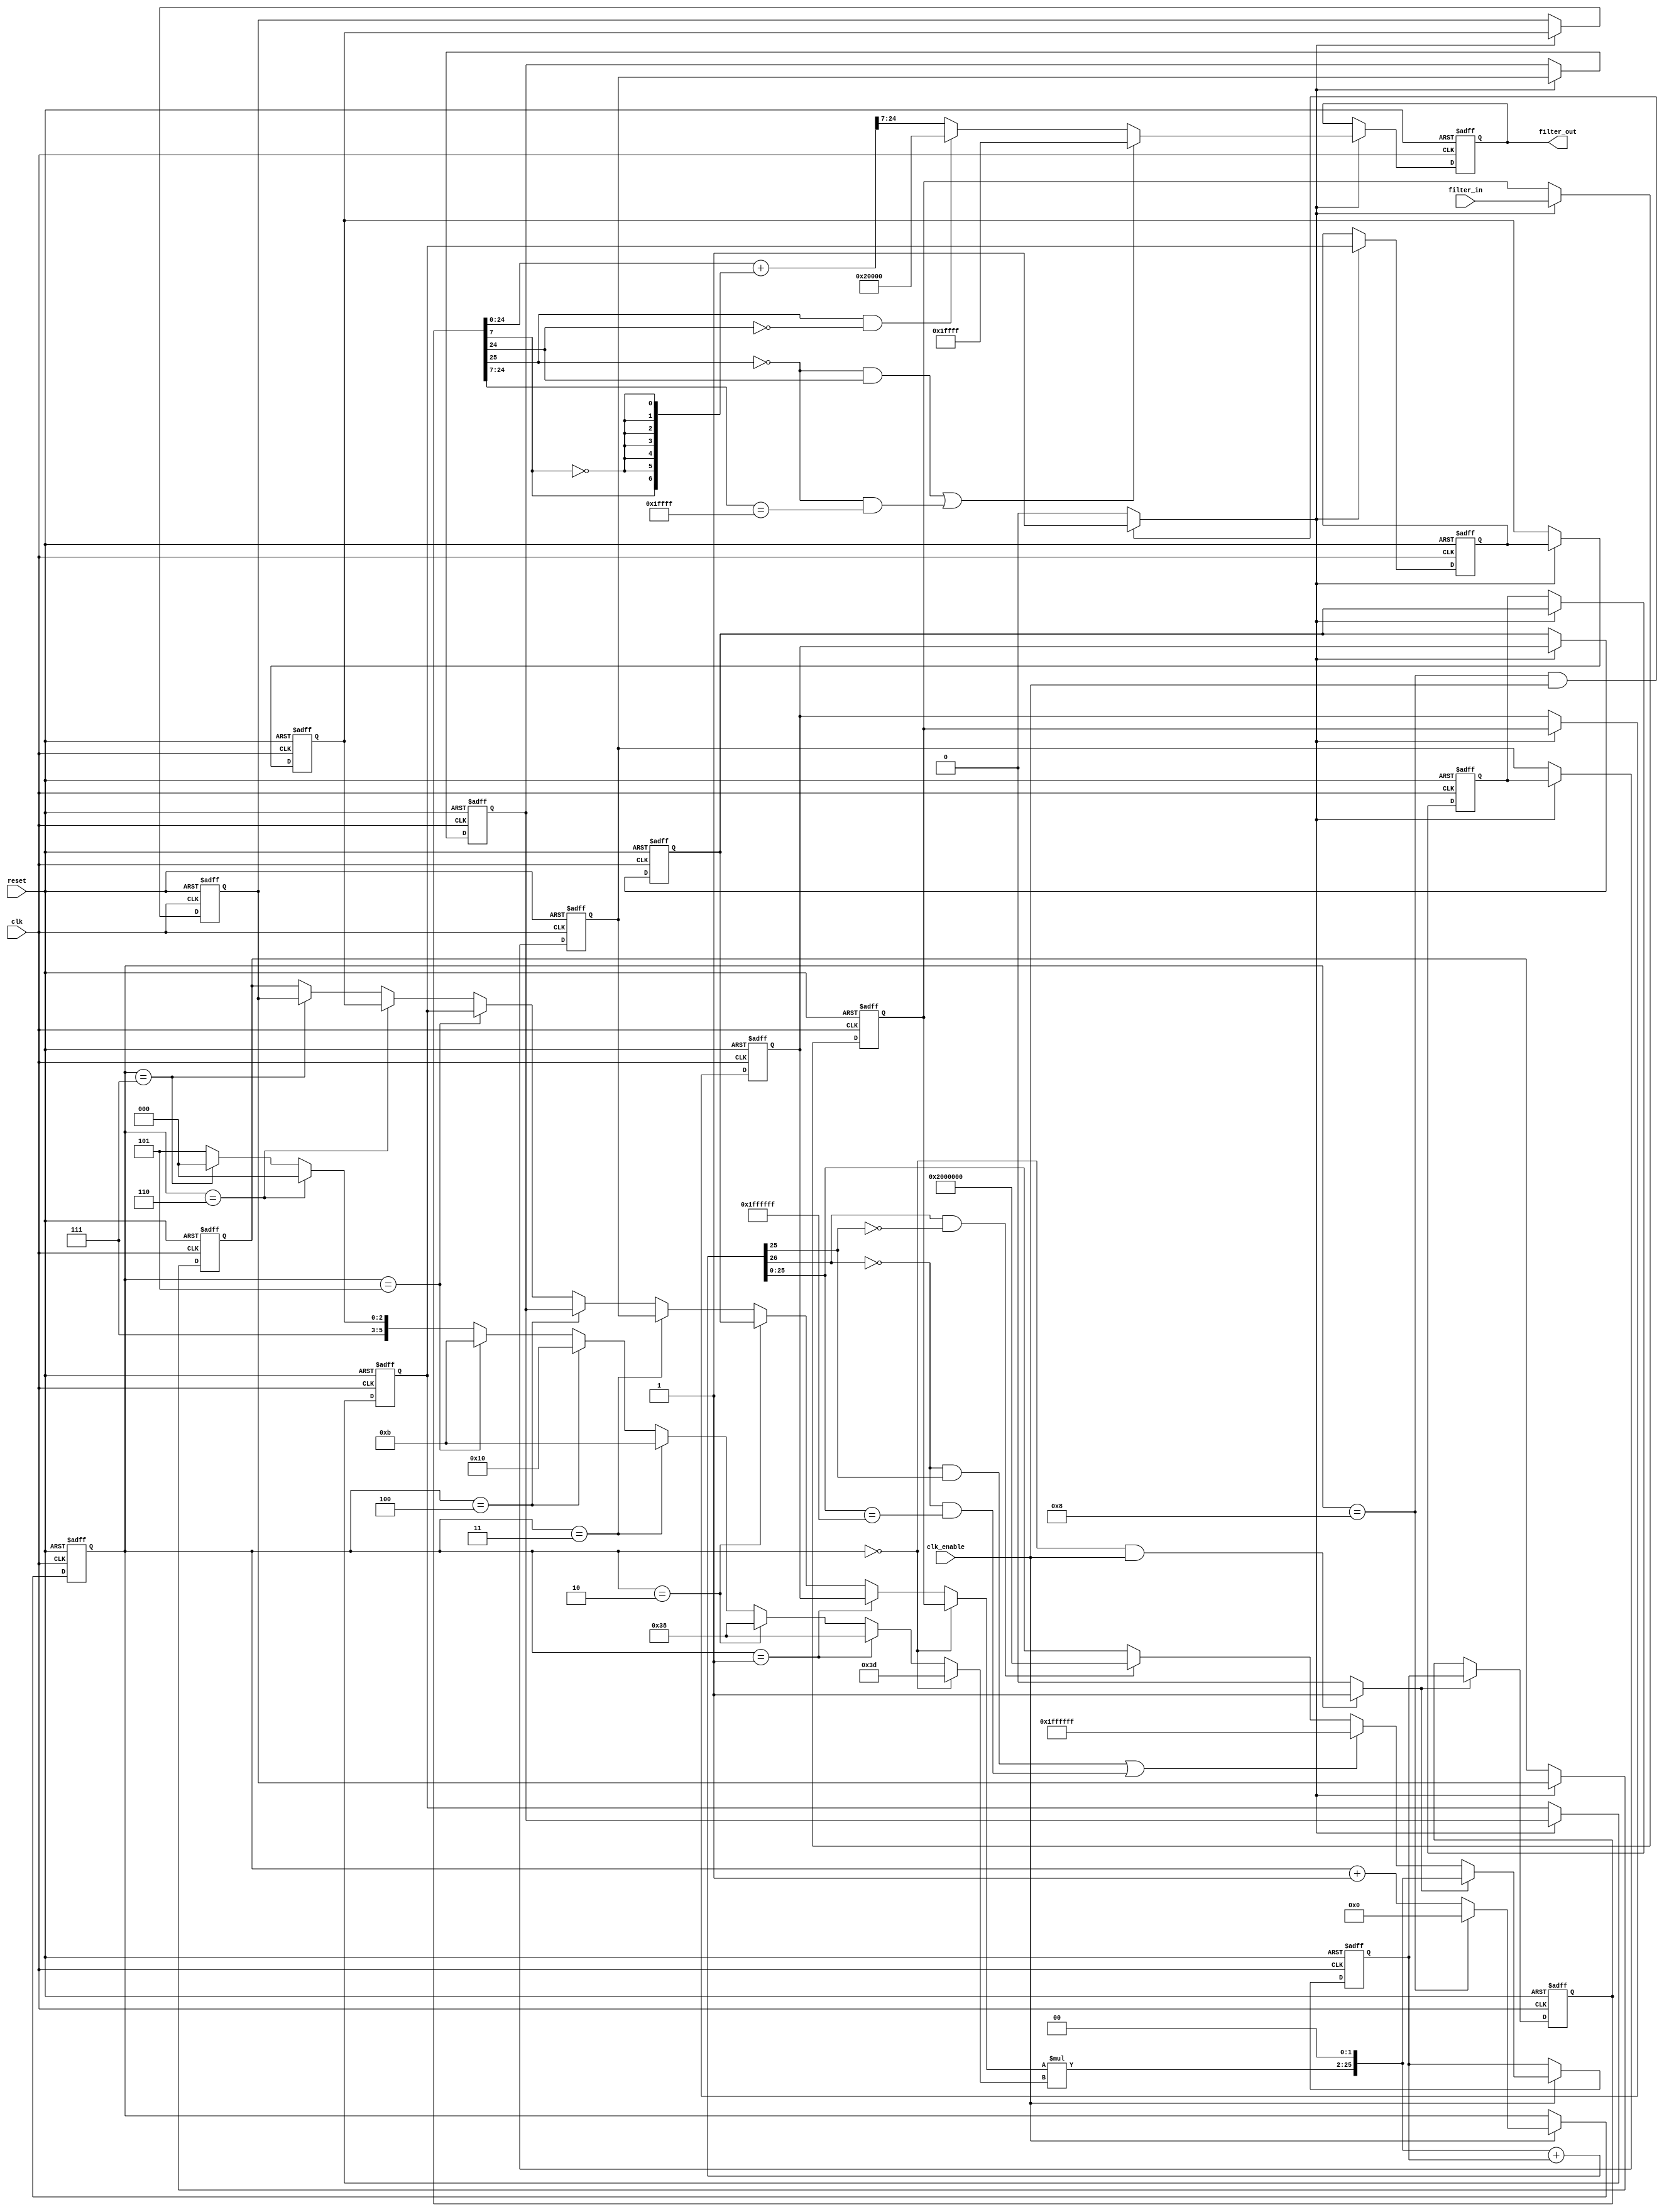
// -------------------------------------------------------------
//
// Module: filter
// Generated by MATLAB(R) 8.5 and the Filter Design HDL Coder 2.9.7.
// Generated on: 2016-05-15 22:31:42
// -------------------------------------------------------------

// -------------------------------------------------------------
// HDL Code Generation Options:
//
// TargetDirectory: E:\Storage\Worktable\Verilog\melexis_labs\lab4
// SerialPartition: 9
// TargetLanguage: Verilog
// TestBenchStimulus: impulse step ramp chirp noise 

// -------------------------------------------------------------
// HDL Implementation    : Fully Serial
// Multipliers           : 1
// Folding Factor        : 9
// -------------------------------------------------------------
// Filter Settings:
//
// Discrete-Time FIR Filter (real)
// -------------------------------
// Filter Structure  : Direct-Form FIR
// Filter Length     : 11
// Stable            : Yes
// Linear Phase      : Yes (Type 1)
// Arithmetic        : fixed
// Numerator         : s6,5 -> [-1 1)
// Input             : s18,17 -> [-1 1)
// Filter Internals  : Specify Precision
//   Output          : s18,17 -> [-1 1)
//   Product         : s26,24 -> [-2 2)
//   Accumulator     : s26,24 -> [-2 2)
//   Round Mode      : convergent
//   Overflow Mode   : saturate
// -------------------------------------------------------------

`timescale 1 ns / 1 ns

module filter
               (
                clk,
                clk_enable,
                reset,
                filter_in,
                filter_out
                );

  input   clk; 
  input   clk_enable; 
  input   reset; 
  input   signed [17:0] filter_in; //sfix18_En17
  output  signed [17:0] filter_out; //sfix18_En17

////////////////////////////////////////////////////////////////
//Module Architecture: filter
////////////////////////////////////////////////////////////////
  // Local Functions
  // Type Definitions
  // Constants
  parameter signed [5:0] coeff1 = 6'b111101; //sfix6_En5
  parameter signed [5:0] coeff2 = 6'b111000; //sfix6_En5
  parameter signed [5:0] coeff3 = 6'b111000; //sfix6_En5
  parameter signed [5:0] coeff4 = 6'b000000; //sfix6_En5
  parameter signed [5:0] coeff5 = 6'b001011; //sfix6_En5
  parameter signed [5:0] coeff6 = 6'b010000; //sfix6_En5
  parameter signed [5:0] coeff7 = 6'b001011; //sfix6_En5
  parameter signed [5:0] coeff8 = 6'b000000; //sfix6_En5
  parameter signed [5:0] coeff9 = 6'b111000; //sfix6_En5
  parameter signed [5:0] coeff10 = 6'b111000; //sfix6_En5
  parameter signed [5:0] coeff11 = 6'b111101; //sfix6_En5

  // Signals
  reg  [3:0] cur_count; // ufix4
  wire phase_8; // boolean
  wire phase_0; // boolean
  reg  signed [17:0] delay_pipeline [0:10] ; // sfix18_En17
  wire signed [17:0] inputmux_1; // sfix18_En17
  reg  signed [25:0] acc_final; // sfix26_En24
  reg  signed [25:0] acc_out_1; // sfix26_En24
  wire signed [25:0] product_1; // sfix26_En24
  wire signed [5:0] product_1_mux; // sfix6_En5
  wire signed [23:0] mul_temp; // sfix24_En22
  wire signed [25:0] prod_typeconvert_1; // sfix26_En24
  wire signed [25:0] acc_sum_1; // sfix26_En24
  wire signed [25:0] acc_in_1; // sfix26_En24
  wire signed [25:0] add_signext; // sfix26_En24
  wire signed [25:0] add_signext_1; // sfix26_En24
  wire signed [26:0] add_temp; // sfix27_En24
  wire signed [17:0] output_typeconvert; // sfix18_En17
  reg  signed [17:0] output_register; // sfix18_En17

  // Block Statements
  always @ (posedge clk or posedge reset)
    begin: Counter_process
      if (reset == 1'b1) begin
        cur_count <= 4'b1000;
      end
      else begin
        if (clk_enable == 1'b1) begin
          if (cur_count == 4'b1000) begin
            cur_count <= 4'b0000;
          end
          else begin
            cur_count <= cur_count + 1;
          end
        end
      end
    end // Counter_process

  assign  phase_8 = (cur_count == 4'b1000 && clk_enable == 1'b1)? 1 : 0;

  assign  phase_0 = (cur_count == 4'b0000 && clk_enable == 1'b1)? 1 : 0;

  always @( posedge clk or posedge reset)
    begin: Delay_Pipeline_process
      if (reset == 1'b1) begin
        delay_pipeline[0] <= 0;
        delay_pipeline[1] <= 0;
        delay_pipeline[2] <= 0;
        delay_pipeline[3] <= 0;
        delay_pipeline[4] <= 0;
        delay_pipeline[5] <= 0;
        delay_pipeline[6] <= 0;
        delay_pipeline[7] <= 0;
        delay_pipeline[8] <= 0;
        delay_pipeline[9] <= 0;
        delay_pipeline[10] <= 0;
      end
      else begin
        if (phase_8 == 1'b1) begin
          delay_pipeline[0] <= filter_in;
          delay_pipeline[1] <= delay_pipeline[0];
          delay_pipeline[2] <= delay_pipeline[1];
          delay_pipeline[3] <= delay_pipeline[2];
          delay_pipeline[4] <= delay_pipeline[3];
          delay_pipeline[5] <= delay_pipeline[4];
          delay_pipeline[6] <= delay_pipeline[5];
          delay_pipeline[7] <= delay_pipeline[6];
          delay_pipeline[8] <= delay_pipeline[7];
          delay_pipeline[9] <= delay_pipeline[8];
          delay_pipeline[10] <= delay_pipeline[9];
        end
      end
    end // Delay_Pipeline_process


  assign inputmux_1 = (cur_count == 4'b0000) ? delay_pipeline[0] :
                     (cur_count == 4'b0001) ? delay_pipeline[1] :
                     (cur_count == 4'b0010) ? delay_pipeline[2] :
                     (cur_count == 4'b0011) ? delay_pipeline[4] :
                     (cur_count == 4'b0100) ? delay_pipeline[5] :
                     (cur_count == 4'b0101) ? delay_pipeline[6] :
                     (cur_count == 4'b0110) ? delay_pipeline[8] :
                     (cur_count == 4'b0111) ? delay_pipeline[9] :
                     delay_pipeline[10];

  //   ------------------ Serial partition # 1 ------------------

  assign product_1_mux = (cur_count == 4'b0000) ? coeff1 :
                        (cur_count == 4'b0001) ? coeff2 :
                        (cur_count == 4'b0010) ? coeff3 :
                        (cur_count == 4'b0011) ? coeff5 :
                        (cur_count == 4'b0100) ? coeff6 :
                        (cur_count == 4'b0101) ? coeff7 :
                        (cur_count == 4'b0110) ? coeff9 :
                        (cur_count == 4'b0111) ? coeff10 :
                        coeff11;
  assign mul_temp = inputmux_1 * product_1_mux;
  assign product_1 = $signed({mul_temp, 2'b00});

  assign prod_typeconvert_1 = product_1;

  assign add_signext = prod_typeconvert_1;
  assign add_signext_1 = acc_out_1;
  assign add_temp = add_signext + add_signext_1;
  assign acc_sum_1 = ((add_temp[26] == 1'b0 & add_temp[25] != 1'b0) || (add_temp[26] == 1'b0 && add_temp[25:0] == 26'b01111111111111111111111111) // special case0
) ? 26'b01111111111111111111111111 : 
      (add_temp[26] == 1'b1 && add_temp[25] != 1'b1) ? 26'b10000000000000000000000000 : add_temp[25:0];

  assign acc_in_1 = (phase_0 == 1'b1) ? prod_typeconvert_1 :
                   acc_sum_1;

  always @ (posedge clk or posedge reset)
    begin: Acc_reg_1_process
      if (reset == 1'b1) begin
        acc_out_1 <= 0;
      end
      else begin
        if (clk_enable == 1'b1) begin
          acc_out_1 <= acc_in_1;
        end
      end
    end // Acc_reg_1_process

  always @ (posedge clk or posedge reset)
    begin: Finalsum_reg_process
      if (reset == 1'b1) begin
        acc_final <= 0;
      end
      else begin
        if (phase_0 == 1'b1) begin
          acc_final <= acc_out_1;
        end
      end
    end // Finalsum_reg_process

  assign output_typeconvert = ((acc_final[25] == 1'b0 & acc_final[24] != 1'b0) || (acc_final[25] == 1'b0 && acc_final[24:7] == 18'b011111111111111111) // special case0
) ? 18'b011111111111111111 : 
      (acc_final[25] == 1'b1 && acc_final[24] != 1'b1) ? 18'b100000000000000000 : (acc_final[24:0] + {acc_final[7], {6{~acc_final[7]}}})>>>7;

  always @ (posedge clk or posedge reset)
    begin: Output_Register_process
      if (reset == 1'b1) begin
        output_register <= 0;
      end
      else begin
        if (phase_8 == 1'b1) begin
          output_register <= output_typeconvert;
        end
      end
    end // Output_Register_process

  // Assignment Statements
  assign filter_out = output_register;
endmodule  // filter